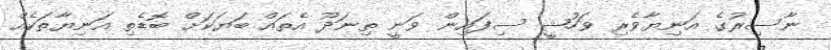
ނާސިރުގެ އަނިޔާވެރި ވަހުޝީ ސިފައިން ވަނީ ތިނަދޫ އެތައް ބަޔަކަށް ބޮޑެތި އަނިޔާތަަކެއް